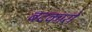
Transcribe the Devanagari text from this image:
बदकारों